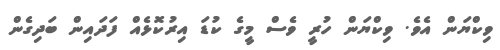
ވިކްޔަން އެވެ. ވިކްޔަން ހުރީ ވެސް މީގެ ކުޑަ އިރުކޮޅެއް ފަދައިން ބަދިގެން